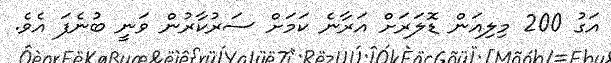
އަގު 200 މިލިއަން ޑޮލަރަށް އަރާނެ ކަމަށް ސަރުކާރުން ވަނީ ބުނެފަ އެވެ.